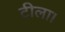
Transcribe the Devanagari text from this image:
टीला।